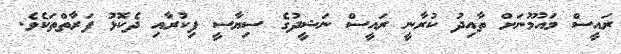
ރައީސް މައުމޫނަށް ތާއިދު ކުރާނީ ރައީސް ނަޝީދުގެ ސިޔާސީ ފިކުރާއި ދެކޮޅު ފަރާތްތަކެވެ.